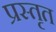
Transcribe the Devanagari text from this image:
प्रस्तृत